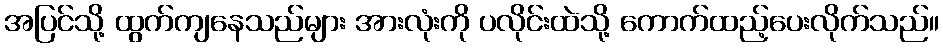
အပြင်သို့ ထွက်ကျနေသည်များ အားလုံးကို ပလိုင်းထဲသို့ ကောက်ထည့်ပေးလိုက်သည်။